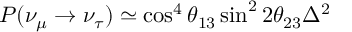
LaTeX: P ( \nu _ { \mu } \rightarrow \nu _ { \tau } ) \simeq \cos ^ { 4 } \theta _ { 1 3 } \sin ^ { 2 } 2 \theta _ { 2 3 } \Delta ^ { 2 }